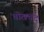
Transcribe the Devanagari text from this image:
चोखचंद